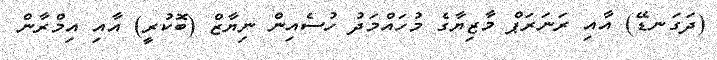
(ދަގަނޑޭ) އާއި ރަނަރަޕް މާޒިޔާގެ މުހައްމަދު ހުސެއިން ނިޔާޒް (ބޮކުރީ) އާއި އިމްރާން